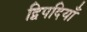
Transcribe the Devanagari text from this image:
द्विपदियाँ